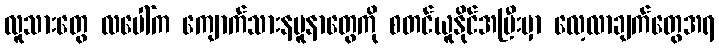
လူသားတွေ လပေါ်က ကျောက်သားနမူနာတွေကို စတင်ယူနိုင်အပြီးမှာ လေ့လာချက်တွေအရ